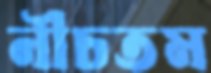
নীচতম